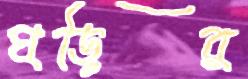
ঘড়ির